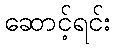
ဆောင့်ရင်း